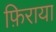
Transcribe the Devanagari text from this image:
फ़िराया